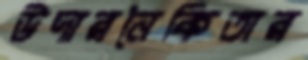
উদারনৈকিতার